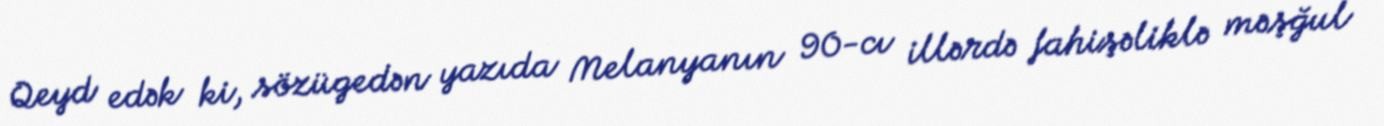
Qeyd edək ki, sözügedən yazıda Melanyanın 90-cı illərdə fahişəliklə məşğul